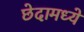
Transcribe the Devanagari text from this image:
छेदामध्ये